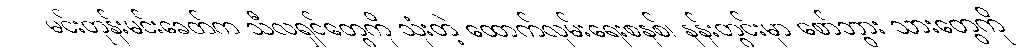
မင်းတုန်းမင်းခေတ်က သီလရှင်တွေကို သုံးတဲ့ ထောက်လှမ်းရေးစနစ်၊ နန်းတွင်းမှာ စော်ဘွား သားတွေကို